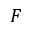
F